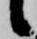
候